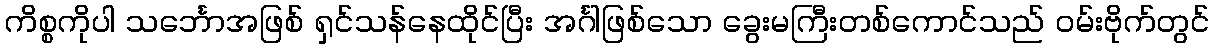
ကိစ္စကိုပါ သင်္ဘောအဖြစ် ရှင်သန်နေထိုင်ပြီး အင်္ဂါဖြစ်သော ခွေးမကြီးတစ်ကောင်သည် ဝမ်းဗိုက်တွင်